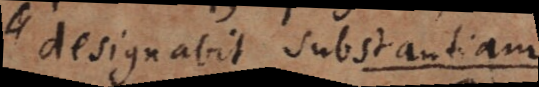
designat substantiam